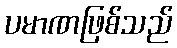
ပမာဏဖြစ်သည်